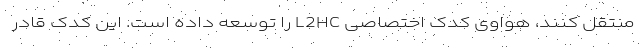
منتقل کنند، هواوی کُدک اختصاصی L2HC را توسعه داده است. این کدک قادر